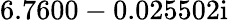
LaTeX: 6.7600-0.025502\mathrm{i}